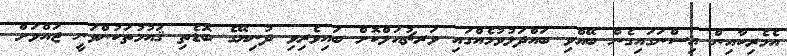
އެމެރިކާއިން އިސްނަގައިގެން ބޭއްވި ބައްދަލުވުމެއްގައި ވަރޗުއަލްކޮށް ބައިވެރިވި ދުނިޔޭގެ ބޮޑެތި ޤައުމުތަކުންވަނީ ޖައްވަށް